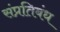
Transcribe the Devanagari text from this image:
संप्रतिबंध